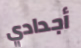
أجدادي